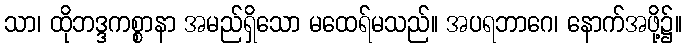
သာ၊ ထိုဘဒ္ဒကစ္စာနာ အမည်ရှိသော မထေရ်မသည်။ အပရဘာဂေ၊ နောက်အဖို့၌။